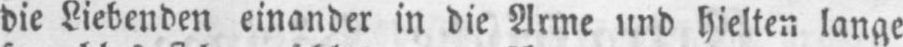
die Liebenden einander in die Arme und hielten lange